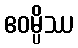
ဧဝမ္ပိဿ